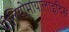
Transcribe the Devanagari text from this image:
पोलियोमायालाइटिस